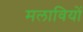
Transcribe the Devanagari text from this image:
मलावियों